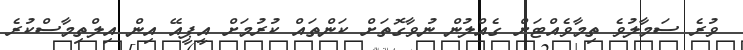
ވުރެ ސަމާލުވެ ތިމާވެއްޓަށް ގެއްލުން ނުވާގޮތަށް ކަންތައް ކުރުމަށް އީޕީއޭ އިން އިލްތިމާސްކުރެ